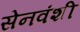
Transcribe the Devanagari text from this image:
सेनवंशी